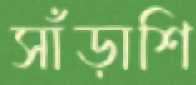
সাঁড়াশি